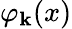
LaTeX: \varphi_{\mathbf{k}}(x)